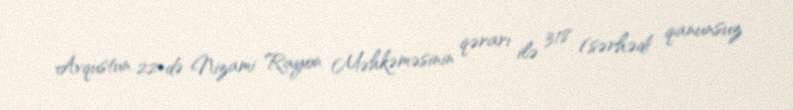
Avqustun 22-də Nizami Rayon Məhkəməsinin qərarı ilə 318 (sərhədi qanunsuz